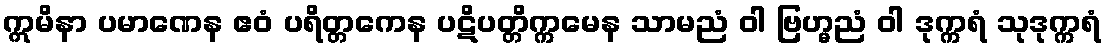
ဣမိနာ ပမာဏေန ဧဝံ ပရိတ္တကေန ပဋိပတ္တိက္ကမေန သာမညံ ဝါ ဗြဟ္မညံ ဝါ ဒုက္ကရံ သုဒုက္ကရံ